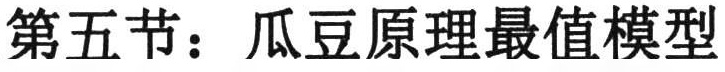
第五节：瓜豆原理最值模型